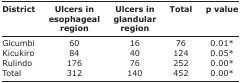
| District | Ulcers in esophageal region | Ulcers in glandular region | Total | p value |
 | --- | --- | --- | --- | --- |
 | Gicumbi | 60 | 16 | 76 | 0.01* |
 | Kicukiro | 84 | 40 | 124 | 0.05* |
 | Rulindo | 176 | 76 | 252 | 0.00* |
 | Total | 312 | 140 | 452 | 0.00* |